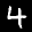
Label: 4